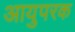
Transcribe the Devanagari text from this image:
आयुपरक